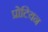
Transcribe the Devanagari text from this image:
प्रोटियन